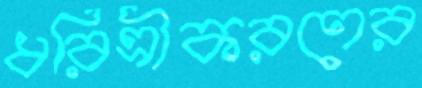
ধরিত্রীকরণের